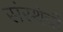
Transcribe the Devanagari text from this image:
संस्‍थेची